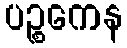
ပဉ္စကေန